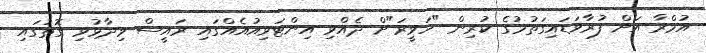
އުމްރާ އަށް ފުރާވަޑައިގަތުމުގެ ކުރިން "ހަވީރަ"ށް ދެއްވި އިންޓަވިއުއެއްގައި ރައީސް ވިދާޅުވި ގޮތުގައި